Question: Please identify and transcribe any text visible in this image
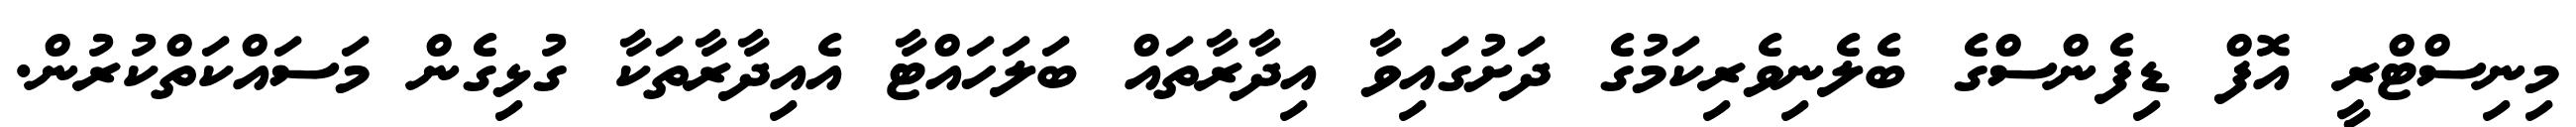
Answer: މިނިސްޓްރީ އޮފް ޑިފެންސްގެ ބެލެނިވެރިކަމުގެ ދަށުގައިވާ އިދާރާތައް ބަލަހައްޓާ އެއިދާރާތަކާ ގުޅިގެން މަސައްކަތްކުރުން.